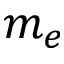
m _ { e }